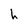
Character: h